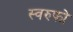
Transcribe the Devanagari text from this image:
स्वरुफो